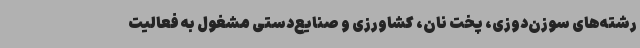
رشته‌های سوزن‌دوزی، پخت نان، کشاورزی و صنایع‌دستی مشغول به فعالیت